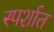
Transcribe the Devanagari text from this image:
स्पर्शात